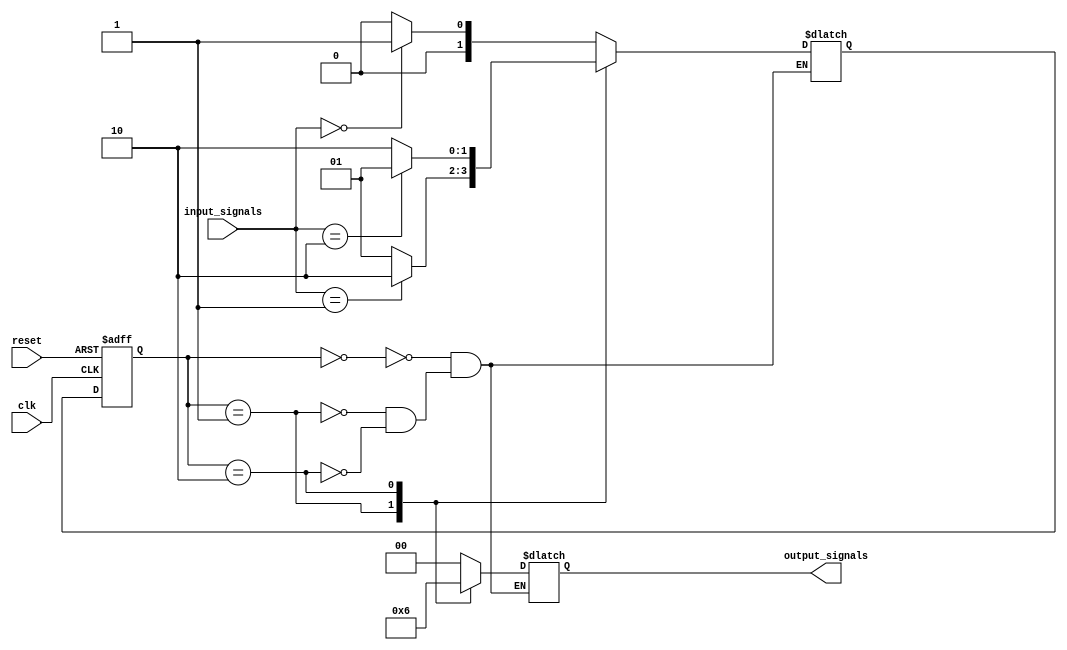
module fsm (
    input wire clk,
    input wire reset,
    input wire [1:0] input_signals,
    output reg [1:0] output_signals
);

// Define states
parameter IDLE = 0;
parameter STATE1 = 1;
parameter STATE2 = 2;

// Define state register
reg [1:0] state_reg, next_state;

// Define state transition logic
always @ (posedge clk or posedge reset) begin
    if (reset) begin
        state_reg <= IDLE;
    end else begin
        state_reg <= next_state;
    end
end

// Define next state logic
always @* begin
    case (state_reg)
        IDLE: begin
            if (input_signals == 2'b00) begin
                next_state = STATE1;
            end else begin
                next_state = IDLE;
            end
        end
        STATE1: begin
            if (input_signals == 2'b01) begin
                next_state = STATE2;
            end else begin
                next_state = STATE1;
            end
        end
        STATE2: begin
            if (input_signals == 2'b10) begin
                next_state = STATE1;
            end else begin
                next_state = STATE2;
            end
        end
    endcase
end

// Define output logic
always @* begin
    case (state_reg)
        IDLE: begin
            output_signals = 2'b00;
        end
        STATE1: begin
            output_signals = 2'b01;
        end
        STATE2: begin
            output_signals = 2'b10;
        end
    endcase
end

endmodule